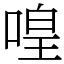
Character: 喤